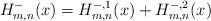
LaTeX: \begin{align*}H_{m,n}^-(x) = H_{m,n}^{-,1}(x) + H_{m,n}^{-,2}(x)\end{align*}